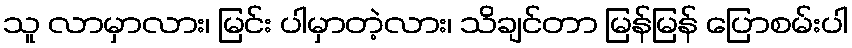
သူ လာမှာလား၊ မြင်း ပါမှာတဲ့လား၊ သိချင်တာ မြန်မြန် ပြောစမ်းပါ